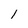
Character: 1